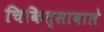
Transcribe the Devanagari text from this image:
चिकित्सावाले